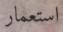
استعمار